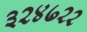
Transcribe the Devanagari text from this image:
३२४७२२